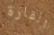
القارة